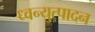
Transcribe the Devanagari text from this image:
ध्वन्युत्पादन